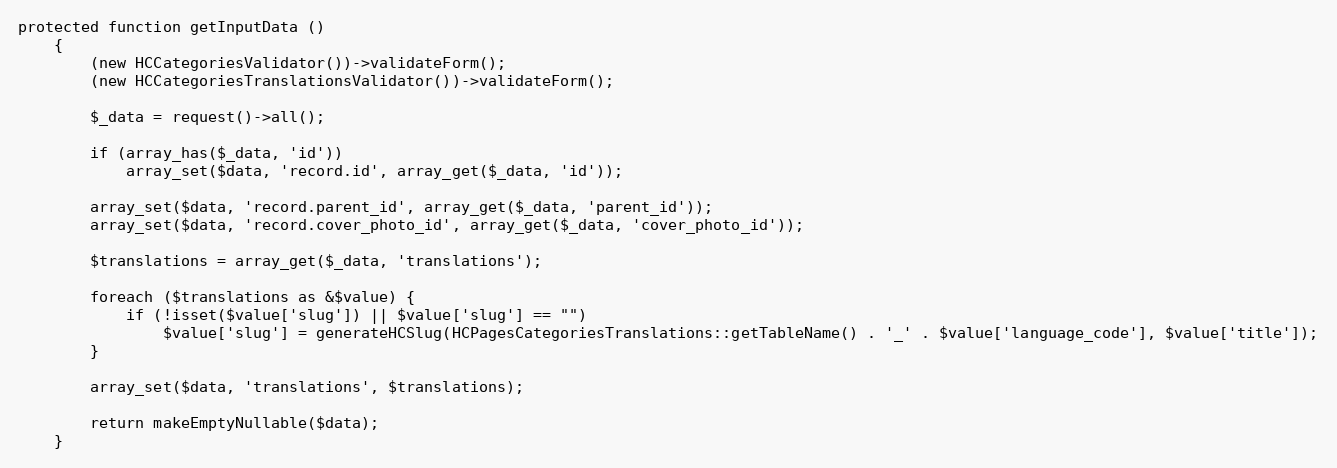
Language: PHP
protected function getInputData ()
    {
        (new HCCategoriesValidator())->validateForm();
        (new HCCategoriesTranslationsValidator())->validateForm();

        $_data = request()->all();

        if (array_has($_data, 'id'))
            array_set($data, 'record.id', array_get($_data, 'id'));

        array_set($data, 'record.parent_id', array_get($_data, 'parent_id'));
        array_set($data, 'record.cover_photo_id', array_get($_data, 'cover_photo_id'));

        $translations = array_get($_data, 'translations');

        foreach ($translations as &$value) {
            if (!isset($value['slug']) || $value['slug'] == "")
                $value['slug'] = generateHCSlug(HCPagesCategoriesTranslations::getTableName() . '_' . $value['language_code'], $value['title']);
        }

        array_set($data, 'translations', $translations);

        return makeEmptyNullable($data);
    }